画像に写った文字を読んでください
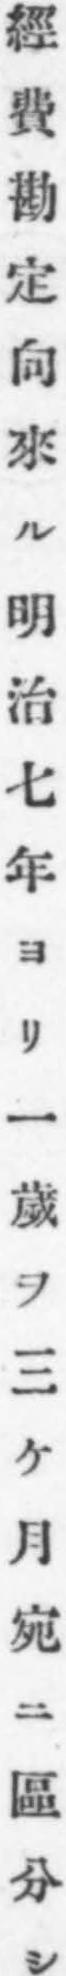
「經費勘定向來ル明治七年ヨリ一歲ヲ三ケ月宛ニ區分シ」と書いてあります